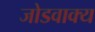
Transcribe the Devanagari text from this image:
जोडवाक्य